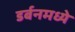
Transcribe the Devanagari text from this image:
डर्बनमध्ये